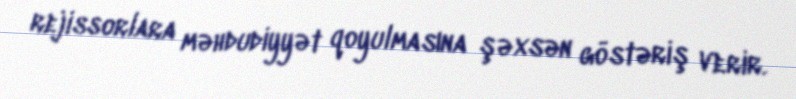
rejissorlara məhdudiyyət qoyulmasına şəxsən göstəriş verir.